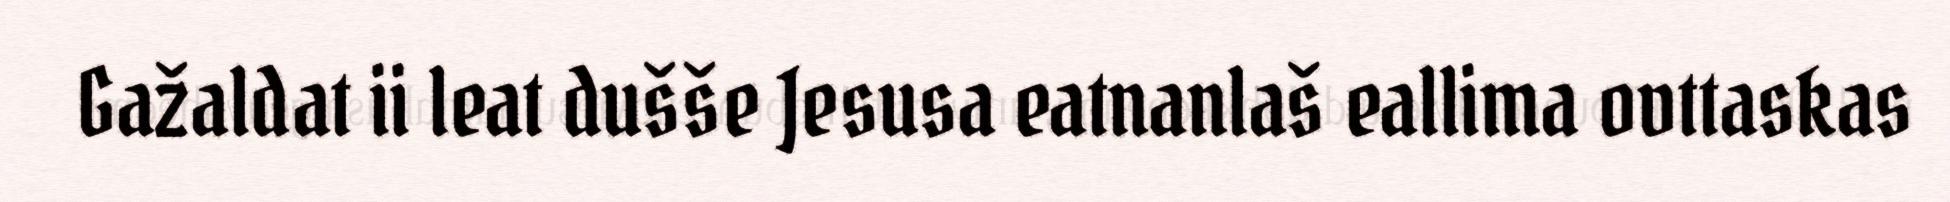
Gažaldat ii leat dušše Jesusa eatnanlaš eallima ovttaskas